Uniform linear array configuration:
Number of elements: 64
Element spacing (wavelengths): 1
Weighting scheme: binomial
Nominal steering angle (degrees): -45
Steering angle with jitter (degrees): -44.552
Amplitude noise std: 0.05
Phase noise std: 0.05

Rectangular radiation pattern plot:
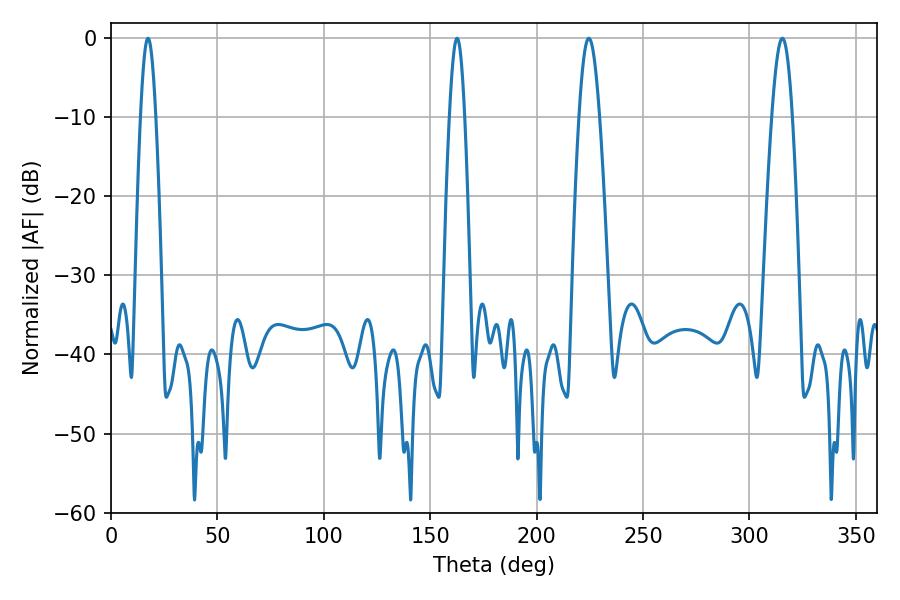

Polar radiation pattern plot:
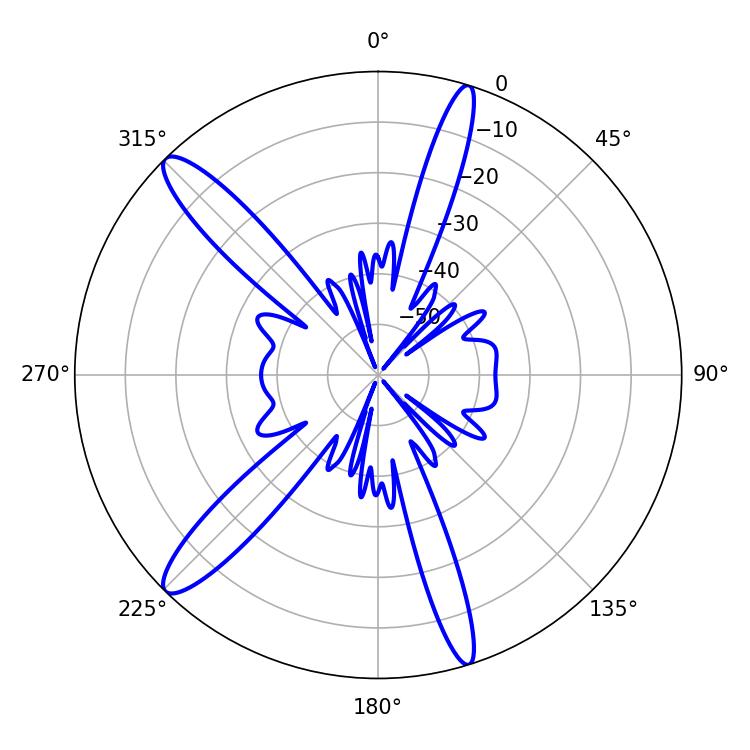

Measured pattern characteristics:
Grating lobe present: TRUE
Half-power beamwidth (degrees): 5.22
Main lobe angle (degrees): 224.46